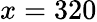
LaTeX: x=320